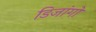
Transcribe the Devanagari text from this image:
डिजांगो